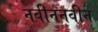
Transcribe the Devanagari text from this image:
नवीननवीन